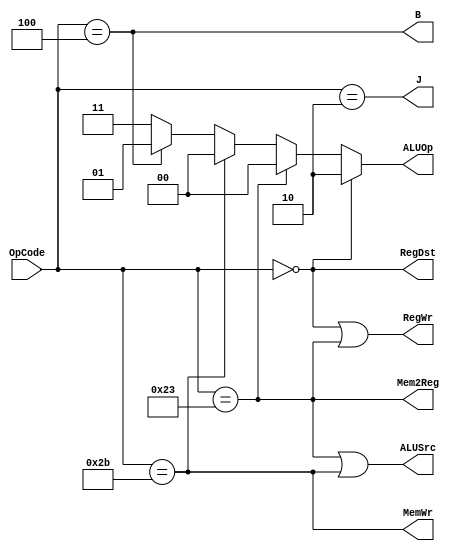
module MainCtr (input [5:0]OpCode,
                output J,
                output B,
                output RegDst,
                output RegWr,
                output ALUSrc,
                output MemWr,
                output Mem2Reg,
                output [1:0]ALUOp);
    assign J = (OpCode == 6'b000010);
    assign B = (OpCode == 6'b000100);
    assign RegDst = (OpCode == 6'b0);
    assign RegWr = (OpCode == 6'b0) | (OpCode == 6'b100011);
    assign ALUSrc = (OpCode == 6'b100011) | (OpCode == 6'b101011);
    assign MemWr = (OpCode == 6'b101011);
    assign Mem2Reg = (OpCode == 6'b100011);
    assign ALUOp = (OpCode == 6'b0) ? 2'b10 :
                    (OpCode == 6'b100011) ? 2'b00 :
                    (OpCode == 6'b101011) ? 2'b00 :
                    (OpCode == 6'b000100) ? 2'b01 :
                    2'b11;
    
endmodule